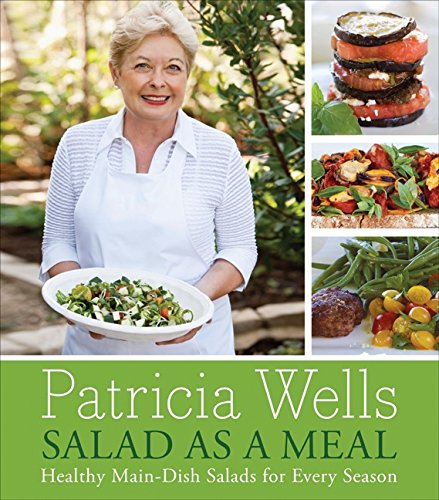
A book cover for Salad as a Meal: Healthy Main-Dish Salads for Every Season; Patricia Wells; Cookbooks, Food & Wine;